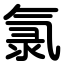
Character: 氯